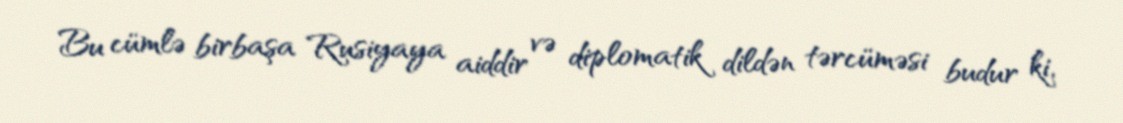
Bu cümlə birbaşa Rusiyaya aiddir və diplomatik dildən tərcüməsi budur ki,